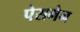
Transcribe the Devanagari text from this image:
पेसमेन